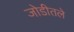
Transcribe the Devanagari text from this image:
जोडीतले